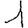
Digit: 1